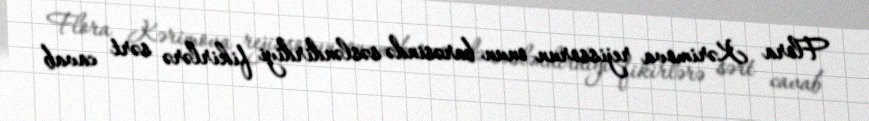
Flora Kərimova rejissorun onun barəsində səsləndirdiyi fikirlərə sərt cavab